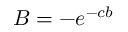
B = - e ^ { - c b }